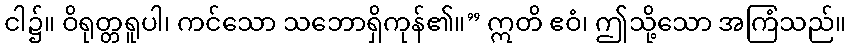
ငါ၌။ ဝိရုတ္တရူပါ၊ ကင်သော သဘောရှိကုန်၏။” ဣတိ ဧဝံ၊ ဤသို့သော အကြံသည်။